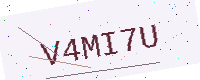
Text: V4MI7U